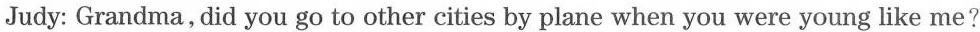
Judy: Grandma, did you go to other cities by plane when you were young like me?